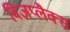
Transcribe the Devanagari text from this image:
विजप्लैक्स